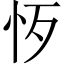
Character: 𢗚